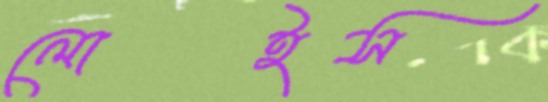
লোইস